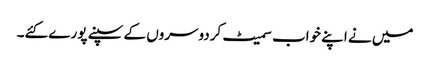
میں نے اپنے خواب سمیٹ کردوسروں کے سپنے پورے کئے۔